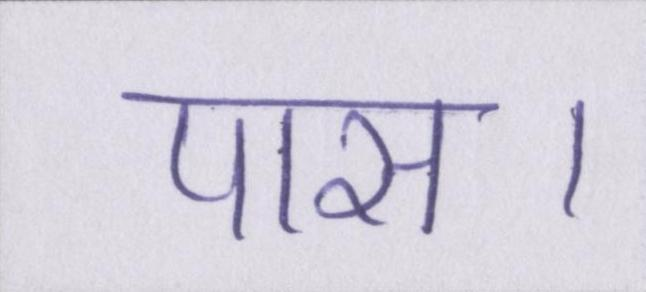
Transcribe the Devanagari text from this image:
पास।